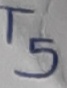
Text: T5